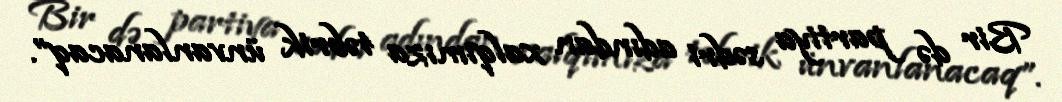
Bir də partiya sədri adından xalqımıza təbrik ünvanlanacaq”.